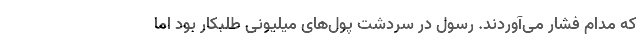
که مدام فشار می‌آوردند. رسول در سردشت پول‌های میلیونی طلبکار بود اما